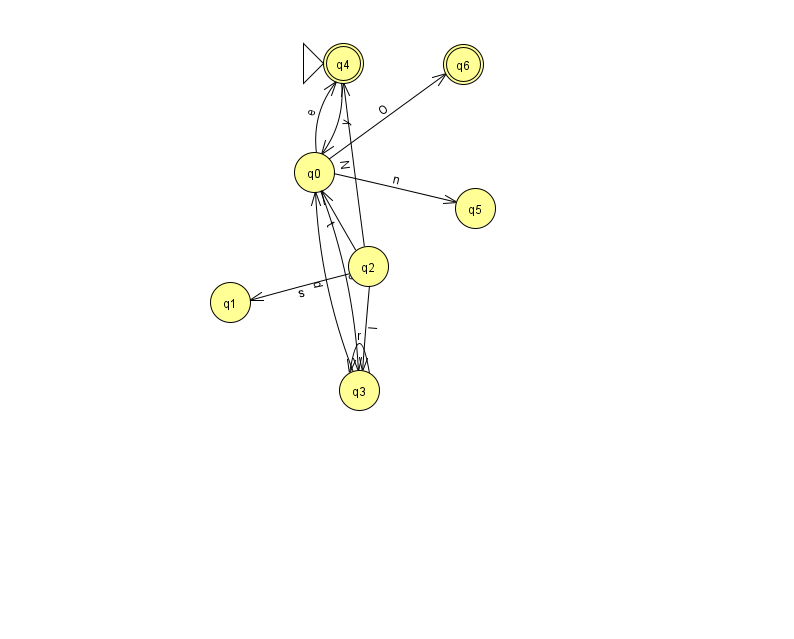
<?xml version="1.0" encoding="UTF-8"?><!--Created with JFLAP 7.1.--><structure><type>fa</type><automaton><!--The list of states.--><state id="0" name="q0"><x>314.0</x><y>159.0</y></state><state id="1" name="q1"><x>230.0</x><y>289.0</y></state><state id="2" name="q2"><x>368.0</x><y>253.0</y></state><state id="3" name="q3"><x>359.0</x><y>377.0</y></state><state id="4" name="q4"><x>343.0</x><y>50.0</y><initial/><final/></state><state id="5" name="q5"><x>475.0</x><y>195.0</y></state><state id="6" name="q6"><x>463.0</x><y>51.0</y><final/></state><!--The list of transitions.--><transition><from>0</from><to>4</to><read>e</read></transition><transition><from>0</from><to>3</to><read>o</read></transition><transition><from>3</from><to>3</to><read>r</read></transition><transition><from>2</from><to>1</to><read>s</read></transition><transition><from>2</from><to>0</to><read>t</read></transition><transition><from>2</from><to>3</to><read>I</read></transition><transition><from>2</from><to>4</to><read>N</read></transition><transition><from>3</from><to>0</to><read>d</read></transition><transition><from>4</from><to>0</to><read>y</read></transition><transition><from>0</from><to>6</to><read>O</read></transition><transition><from>0</from><to>5</to><read>n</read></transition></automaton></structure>